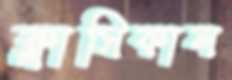
ক্লাসিকাল